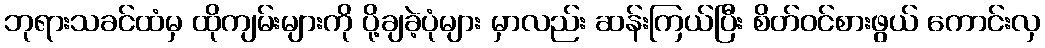
ဘုရားသခင်ထံမှ ထိုကျမ်းများကို ပို့ချခဲ့ပုံများ မှာလည်း ဆန်းကြယ်ပြီး စိတ်ဝင်စားဖွယ် ကောင်းလှ